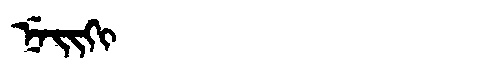
Manchu: ᠨᡝᡳᡴᡳ
Romanization: NEIKI